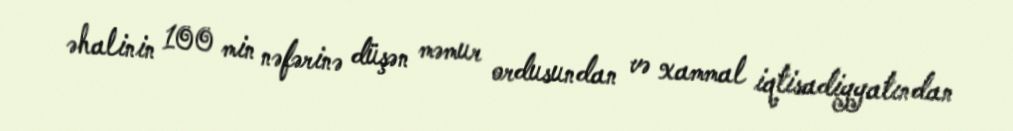
əhalinin 100 min nəfərinə düşən məmur ordusundan və xammal iqtisadiyyatından